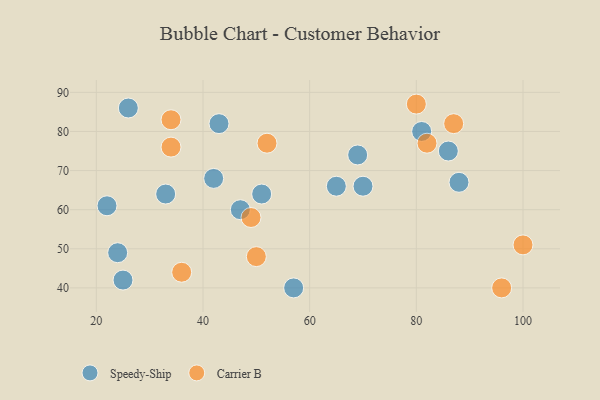
{"axis": {"x": "GDP", "y": "Life Expectancy"}, "legend": ["Carrier B", "Speedy-Ship"], "data": [{"x": "26", "y": 86, "type": "Speedy-Ship"}, {"x": "22", "y": 61, "type": "Speedy-Ship"}, {"x": "70", "y": 66, "type": "Speedy-Ship"}, {"x": "51", "y": 64, "type": "Speedy-Ship"}, {"x": "86", "y": 75, "type": "Speedy-Ship"}, {"x": "81", "y": 80, "type": "Speedy-Ship"}, {"x": "43", "y": 82, "type": "Speedy-Ship"}, {"x": "69", "y": 74, "type": "Speedy-Ship"}, {"x": "47", "y": 60, "type": "Speedy-Ship"}, {"x": "65", "y": 66, "type": "Speedy-Ship"}, {"x": "33", "y": 64, "type": "Speedy-Ship"}, {"x": "42", "y": 68, "type": "Speedy-Ship"}, {"x": "24", "y": 49, "type": "Speedy-Ship"}, {"x": "57", "y": 40, "type": "Speedy-Ship"}, {"x": "88", "y": 67, "type": "Speedy-Ship"}, {"x": "25", "y": 42, "type": "Speedy-Ship"}, {"x": "82", "y": 77, "type": "Carrier B"}, {"x": "87", "y": 82, "type": "Carrier B"}, {"x": "34", "y": 76, "type": "Carrier B"}, {"x": "34", "y": 83, "type": "Carrier B"}, {"x": "50", "y": 48, "type": "Carrier B"}, {"x": "80", "y": 87, "type": "Carrier B"}, {"x": "52", "y": 77, "type": "Carrier B"}, {"x": "96", "y": 40, "type": "Carrier B"}, {"x": "100", "y": 51, "type": "Carrier B"}, {"x": "36", "y": 44, "type": "Carrier B"}, {"x": "49", "y": 58, "type": "Carrier B"}]}